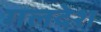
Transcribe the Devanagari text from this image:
गलदेश